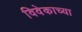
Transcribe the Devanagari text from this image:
विवेकाच्या